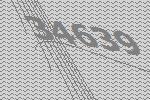
34639